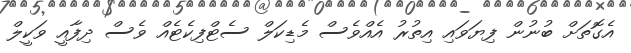
އެގޮތަށް ބުނުން ފިޔަވައި އިތުރު އެއްވެސް މެޑިކަލް ސެޓްފިކެޓެއް ވެސް ދިފާއީ ވަކީލް